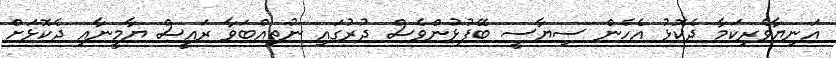
އަނިޔާވެރިކަމާ ދެކޮޅު އެހެން ސިޔާސީ ބޭފުޅުންވެސް ދުރުގައި ނުތިއްބަވާ ރައީސް ޔާމީނާއި ދެކޮޅަށް